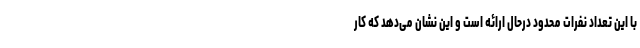
با این تعداد نفرات محدود درحال ارائه است و این نشان می‌دهد که کار